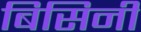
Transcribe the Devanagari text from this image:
बिसिनी